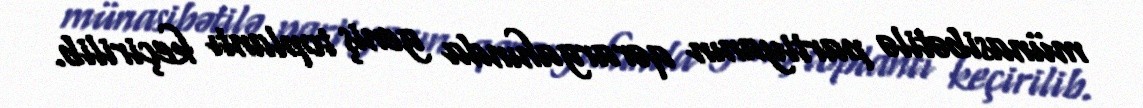
münasibətilə partiyanın qərargahında geniş toplantı keçirilib.